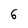
Character: 6